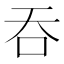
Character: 吞